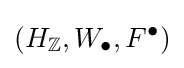
(H_{\mathbb {Z} },W_{\bullet },F^{\bullet })